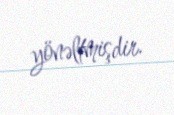
yönəltmişdir.